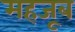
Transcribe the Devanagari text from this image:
महजूब